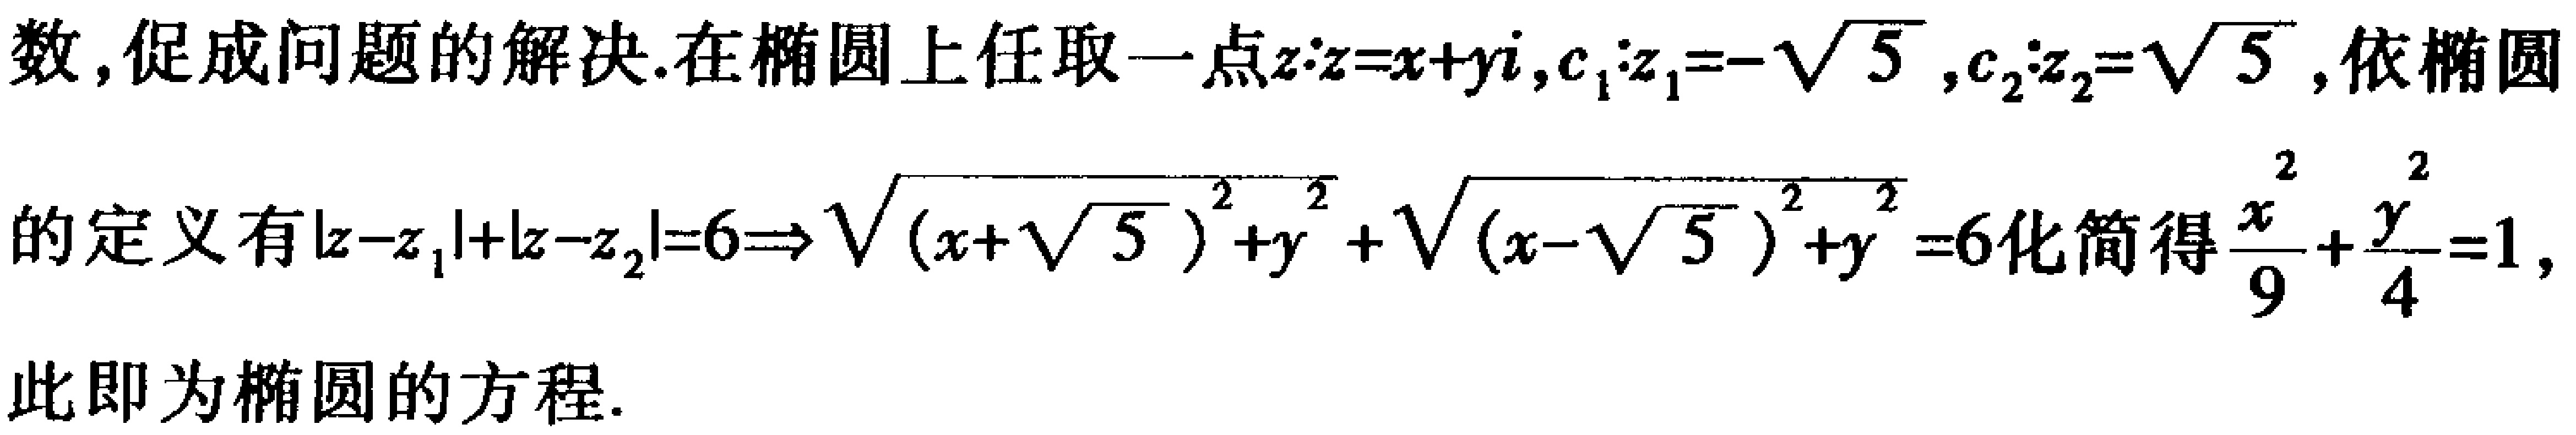
数, 促成问题的解决. 在椭圆上任取一点\(z:z = x + yi\), \(c_1:z_1=-\sqrt{5}\), \(c_2:z_2=\sqrt{5}\), 依椭圆
的定义有\(\vert z - z_1\vert+\vert z - z_2\vert = 6\Rightarrow\sqrt{(x + \sqrt{5})^2 + y^2}+\sqrt{(x - \sqrt{5})^2 + y^2}=6\)化简得\(\frac{x^{2}}{9}+\frac{y^{2}}{4}=1\),
此即为椭圆的方程.